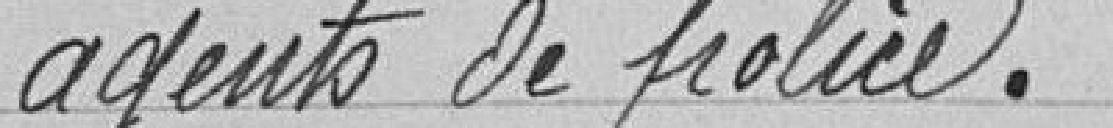
agents de police.